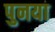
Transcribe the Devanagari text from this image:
पुनया